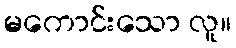
မကောင်းသော လူ။